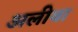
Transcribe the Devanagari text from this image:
अलीबा